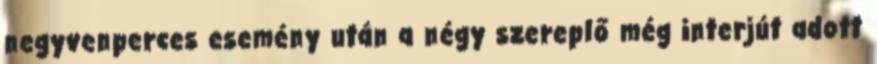
negyvenperces esemény után a négy szereplő még interjút adott